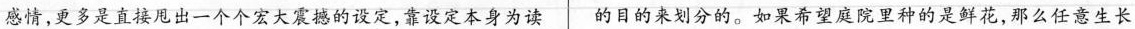
感情，更多是直接甩出一个个宏大震撼的设定，靠设定本身为读 的目的来划分的。如果希望庭院里种的是鲜花，那么任意生长